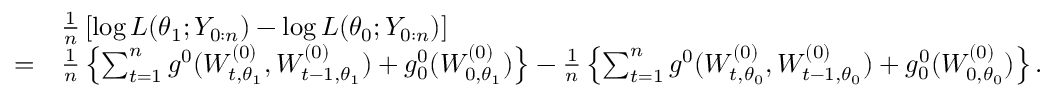
\begin{array} { r l } & { \frac { 1 } { n } \left[ \log L ( \theta _ { 1 } ; Y _ { 0 : n } ) - \log L ( \theta _ { 0 } ; Y _ { 0 : n } ) \right] } \\ { = } & { \frac { 1 } { n } \left\{ \sum _ { t = 1 } ^ { n } g ^ { 0 } ( W _ { t , \theta _ { 1 } } ^ { ( 0 ) } , W _ { t - 1 , \theta _ { 1 } } ^ { ( 0 ) } ) + g _ { 0 } ^ { 0 } ( W _ { 0 , \theta _ { 1 } } ^ { ( 0 ) } ) \right\} - \frac { 1 } { n } \left\{ \sum _ { t = 1 } ^ { n } g ^ { 0 } ( W _ { t , \theta _ { 0 } } ^ { ( 0 ) } , W _ { t - 1 , \theta _ { 0 } } ^ { ( 0 ) } ) + g _ { 0 } ^ { 0 } ( W _ { 0 , \theta _ { 0 } } ^ { ( 0 ) } ) \right\} . } \end{array}